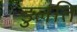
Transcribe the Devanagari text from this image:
डुलति